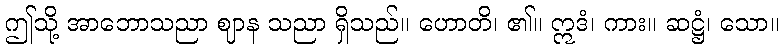
ဤသို့ အာဘောသညာ ဈာန သညာ ရှိသည်။ ဟောတိ၊ ၏။ ဣဒံ၊ ကား။ ဆဋ္ဌံ၊ သော။